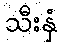
သီးနှံ